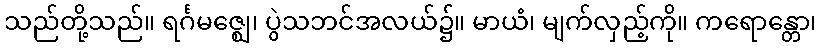
သည်တို့သည်။ ရင်္ဂမဇ္ဈေ၊ ပွဲသဘင်အလယ်၌။ မာယံ၊ မျက်လှည့်ကို။ ကရောန္တော၊